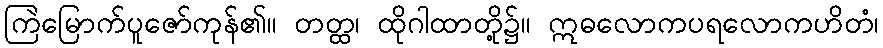
ကြဲမြောက်ပူဇော်ကုန်၏။ တတ္ထ၊ ထိုဂါထာတို့၌။ ဣဓလောကပရလောကဟိတံ၊